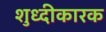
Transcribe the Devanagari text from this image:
शुध्दीकारक